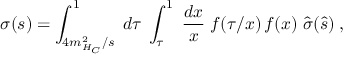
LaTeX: \sigma ( s ) = \int _ { 4 m _ { H _ { C } } ^ { 2 } / s } ^ { 1 } \; d \tau \; \int _ { \tau } ^ { 1 } \; \frac { d x } { x } \; f ( \tau / x ) \, f ( x ) \; \hat { \sigma } ( \hat { s } ) \; ,